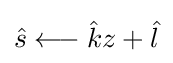
{\hat {s}}\longleftarrow {\hat {k}}z+{\hat {l}}